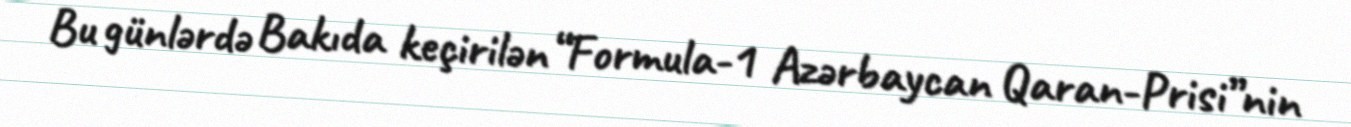
Bu günlərdə Bakıda keçirilən “Formula-1 Azərbaycan Qaran-Prisi”nin